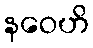
နဝေဟိ